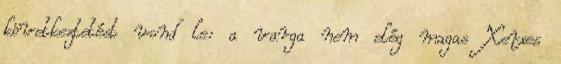
következtetést vond le: a varga nem elég magas Xerxes